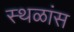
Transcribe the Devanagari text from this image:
स्थळांस